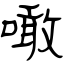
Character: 噉